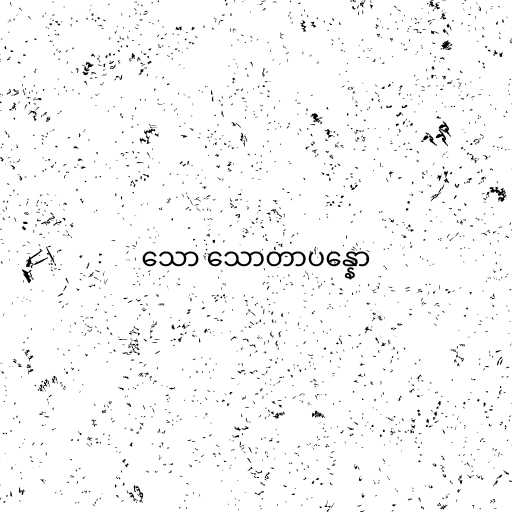
သော သောတာပန္နော